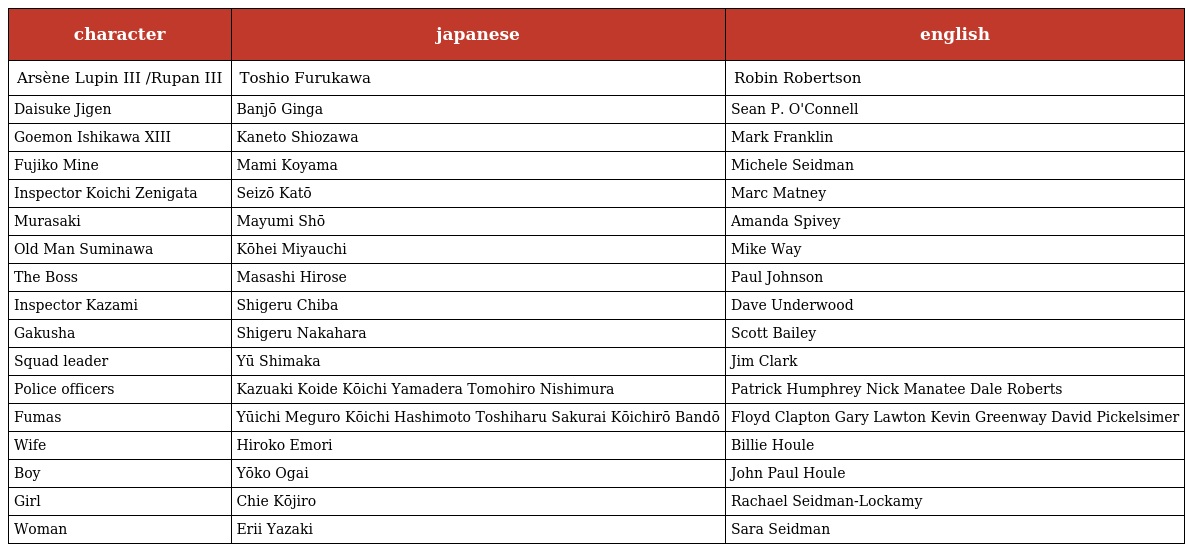
| character | japanese | english |
 | --- | --- | --- |
 | Arsène Lupin III /Rupan III | Toshio Furukawa | Robin Robertson |
 | Daisuke Jigen | Banjō Ginga | Sean P. O'Connell |
 | Goemon Ishikawa XIII | Kaneto Shiozawa | Mark Franklin |
 | Fujiko Mine | Mami Koyama | Michele Seidman |
 | Inspector Koichi Zenigata | Seizō Katō | Marc Matney |
 | Murasaki | Mayumi Shō | Amanda Spivey |
 | Old Man Suminawa | Kōhei Miyauchi | Mike Way |
 | The Boss | Masashi Hirose | Paul Johnson |
 | Inspector Kazami | Shigeru Chiba | Dave Underwood |
 | Gakusha | Shigeru Nakahara | Scott Bailey |
 | Squad leader | Yū Shimaka | Jim Clark |
 | Police officers | Kazuaki Koide Kōichi Yamadera Tomohiro Nishimura | Patrick Humphrey Nick Manatee Dale Roberts |
 | Fumas | Yūichi Meguro Kōichi Hashimoto Toshiharu Sakurai Kōichirō Bandō | Floyd Clapton Gary Lawton Kevin Greenway David Pickelsimer |
 | Wife | Hiroko Emori | Billie Houle |
 | Boy | Yōko Ogai | John Paul Houle |
 | Girl | Chie Kōjiro | Rachael Seidman-Lockamy |
 | Woman | Erii Yazaki | Sara Seidman |